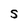
Character: S